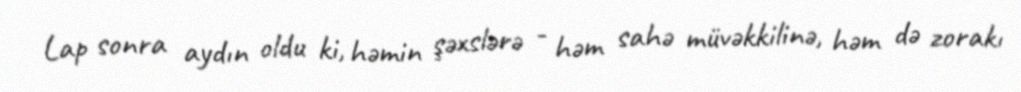
Lap sonra aydın oldu ki, həmin şəxslərə - həm sahə müvəkkilinə, həm də zorakı